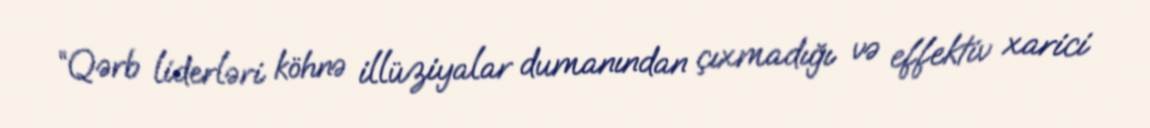
“Qərb liderləri köhnə illüziyalar dumanından çıxmadığı və effektiv xarici